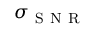
\sigma _ { \mathrm { ~ S ~ N ~ R ~ } }